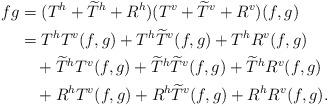
LaTeX: \begin{align*}fg&=(T^h+\widetilde{T}^h+R^h)(T^v+\widetilde{T}^v+R^v)(f,g)\\&=T^hT^v(f,g)+T^h\widetilde{T}^v(f,g)+T^hR^v(f,g)\\&\quad+\widetilde{T}^hT^v(f,g)+\widetilde{T}^h\widetilde{T}^v(f,g)+\widetilde{T}^hR^v(f,g)\\&\quad+R^hT^v(f,g)+R^h\widetilde{T}^v(f,g)+R^hR^v(f,g).\end{align*}